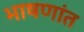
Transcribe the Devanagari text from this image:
भाषणांत